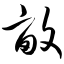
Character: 亩